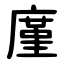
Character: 廑